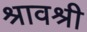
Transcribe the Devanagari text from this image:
श्रावश्री